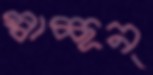
স্বাচ্ছন্